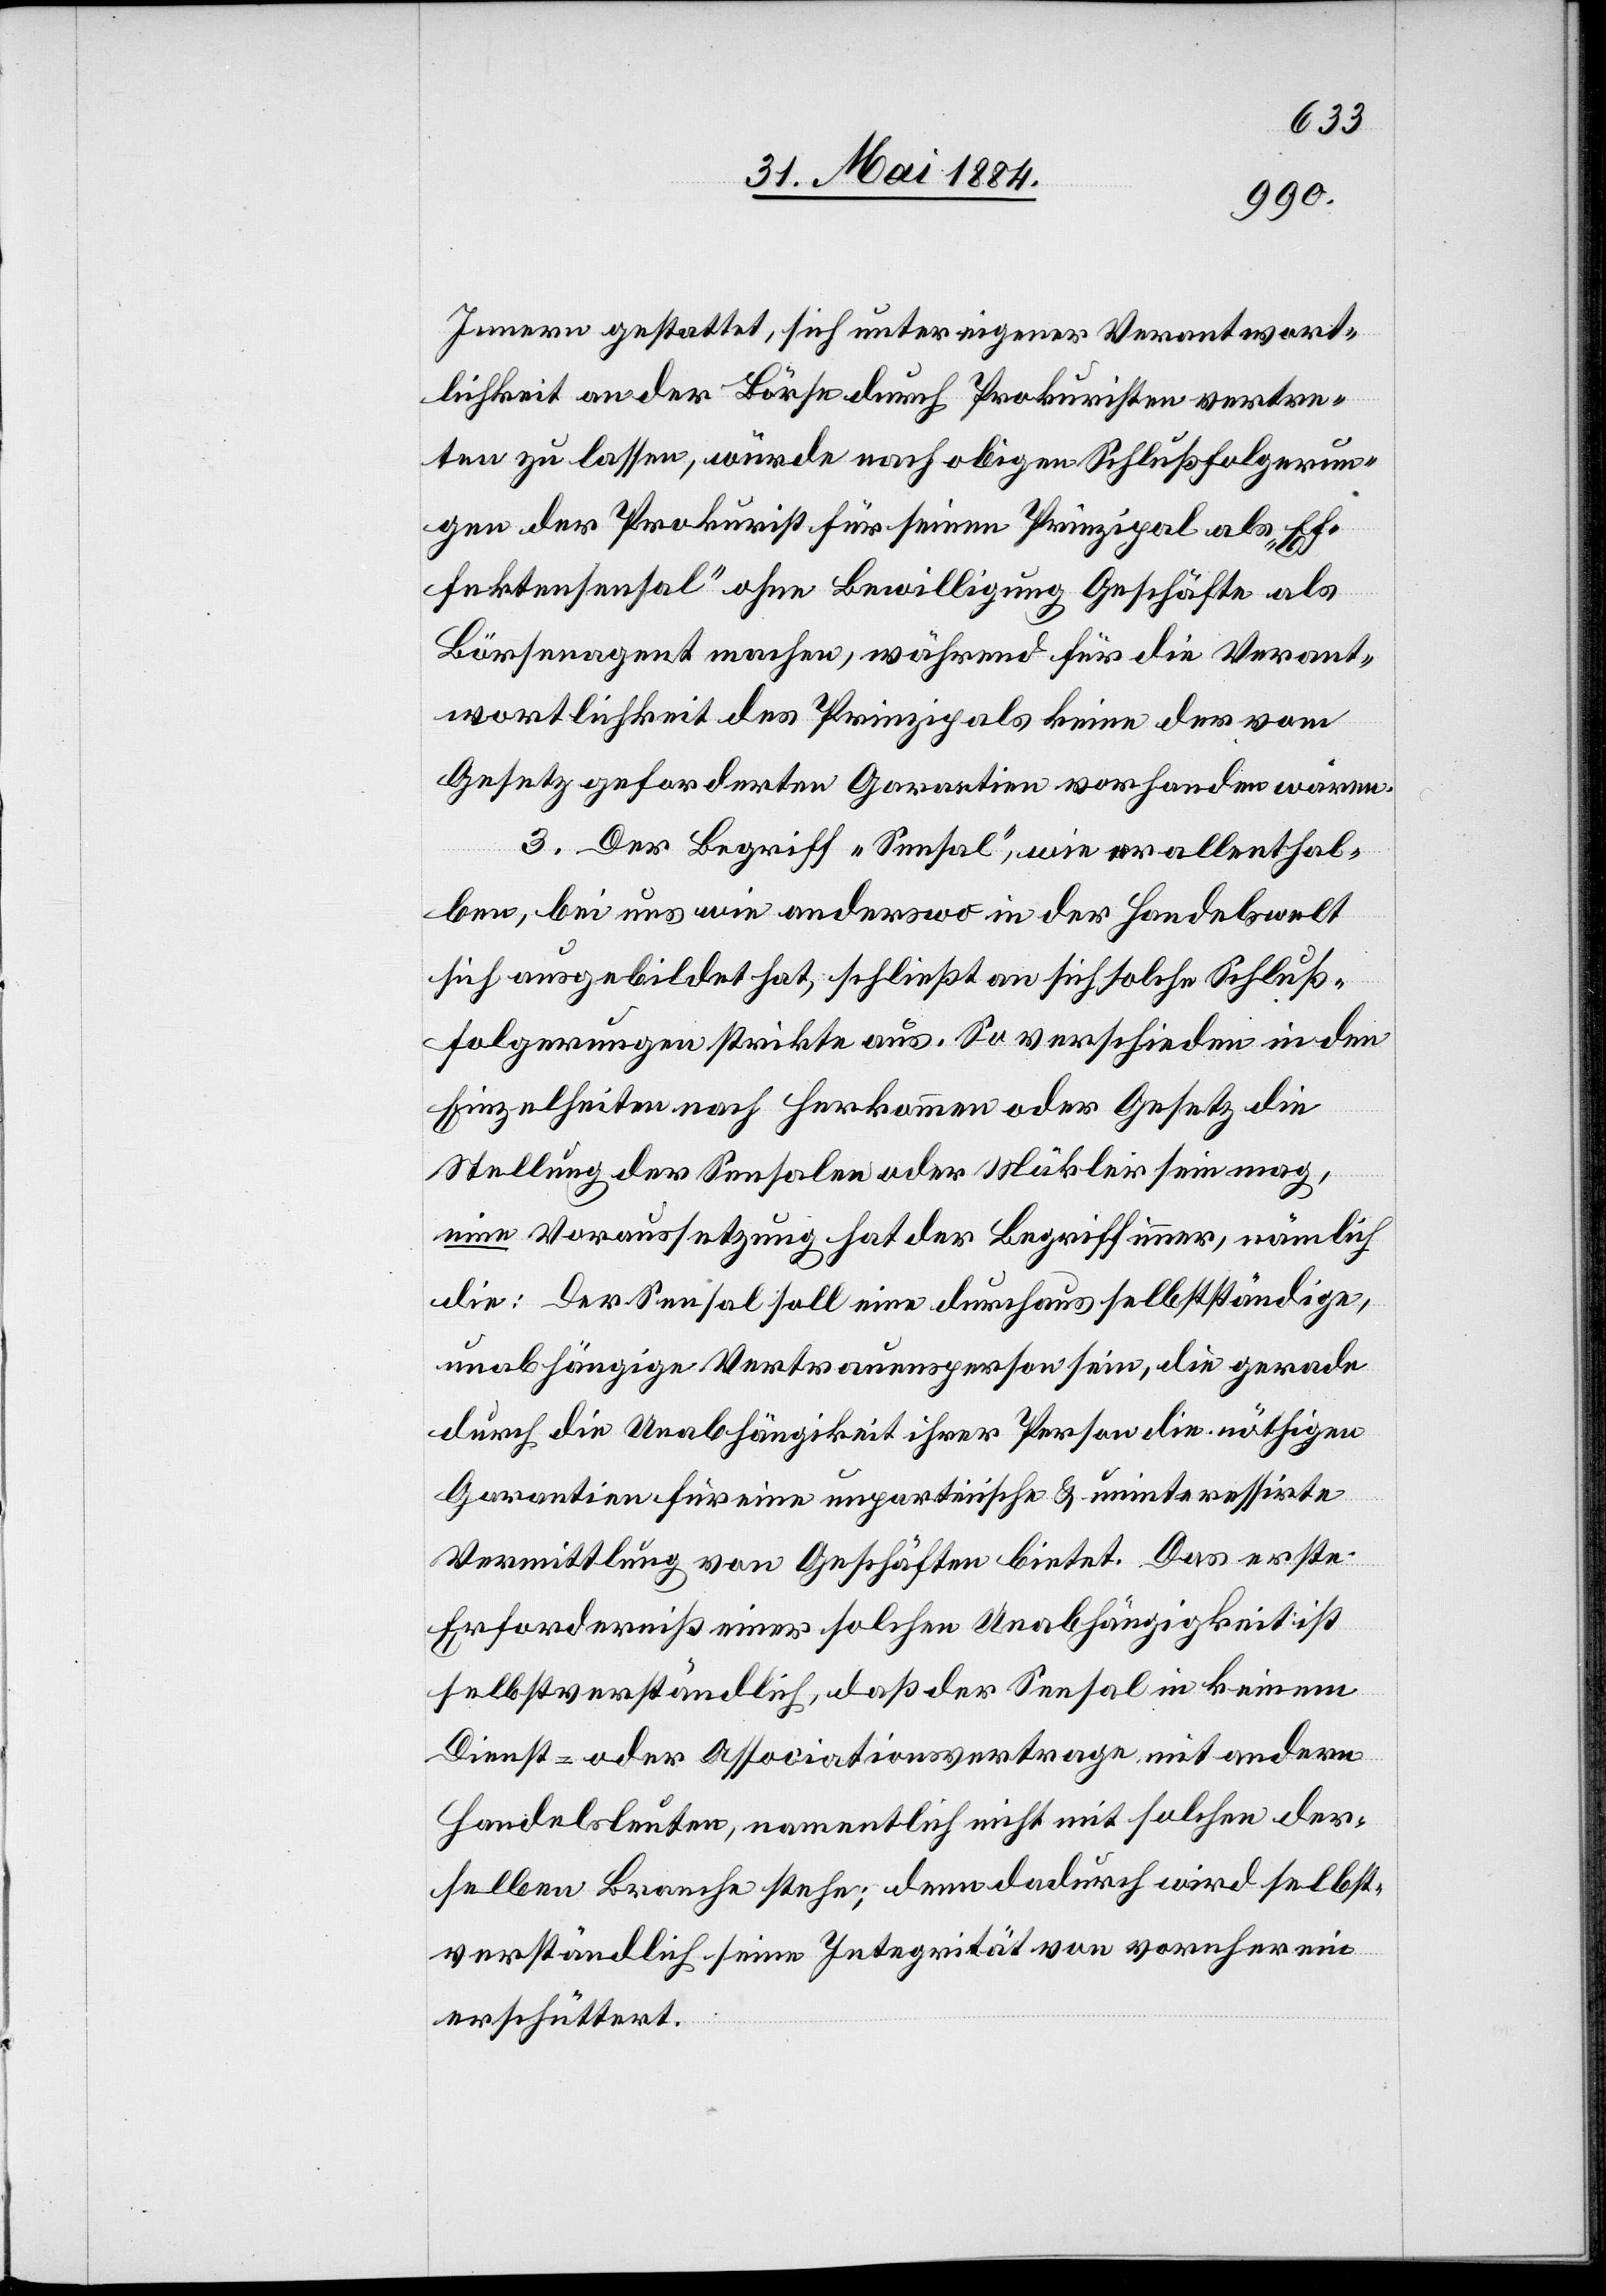
Innern gestattet, sich unter eigener Verantwort¬
lichkeit an der Börse durch Prokuristen vertre¬
ten zu lassen, würde nach obigen Schlußfolgerun¬
gen der Prokurist für seinen Prinzipal als „Ef¬
fektensensal“ ohne Bewilligung Geschäfte als
Börsenagent machen, während für die Verant¬
wortlichkeit des Prinzipals keine der vom
Gesetz geforderten Garantien vorhanden wären.
3. Der Begriff „Sensal“, wie er allenthal¬
ben, bei uns wie anderswo in der Handelswelt
sich ausgebildet hat, schließt an sich solche Schluß¬
folgerungen strikte aus. So verschieden in den
Einzelheiten nach Herkommen oder Gesetz die
Stellung der Sensalen oder Mäkler sein mag,
eine Voraussetzung hat der Begriff immer, nämlich
die: Der Sensal soll eine durchaus selbstständige,
unabhängige Vertrauensperson sein, die gerade
durch die Unabhängigkeit ihrer Person die nöthigen
Garantien für eine unparteiische & uninteressirte
Vermittlung von Geschäften bietet. Das erste
Erforderniß einer solchen Unabhängigkeit ist
selbstverständlich, daß der Sensal in keinem
Dienst- oder Associationsvertrage mit andern
Handelsleuten, namentlich nicht mit solchen der¬
selben Branche stehe; denn dadurch wird selbst¬
verständlich seine Integrität von vornherein
erschüttert.